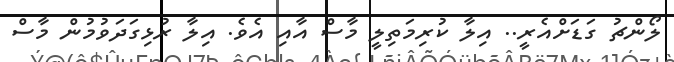
ލޯންޗު ގަޑަށްއެރީ.. އިލާ ކުރިމަތިލީ މާސް އާއި އެވެ. އިލާ ރުޅިގަދަވުމުން މާސް